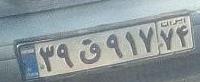
۳۹ق۹۱۷۷۴